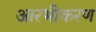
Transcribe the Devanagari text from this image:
आरंभीकरण